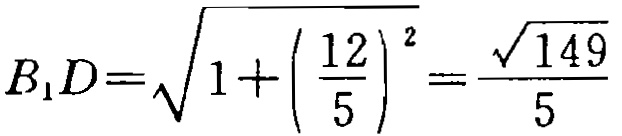
\(B_{1}D=\sqrt{1+\left(\frac{12}{5}\right)^{2}}=\frac{\sqrt{149}}{5}\)